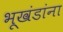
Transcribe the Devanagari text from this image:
भूखंडांना